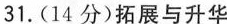
31.(14分)拓展与升华